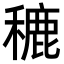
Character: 𮃨